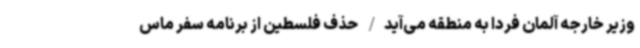
وزیر خارجه آلمان فردا به منطقه می‌آید/ حذف فلسطین از برنامه سفر ماس